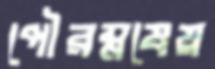
পৌরম্নষেয়